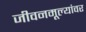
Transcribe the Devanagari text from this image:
जीवनमूल्यांवर